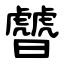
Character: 䖜